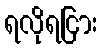
ရလိုရငြား